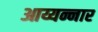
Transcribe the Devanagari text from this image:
आय्यन्नार